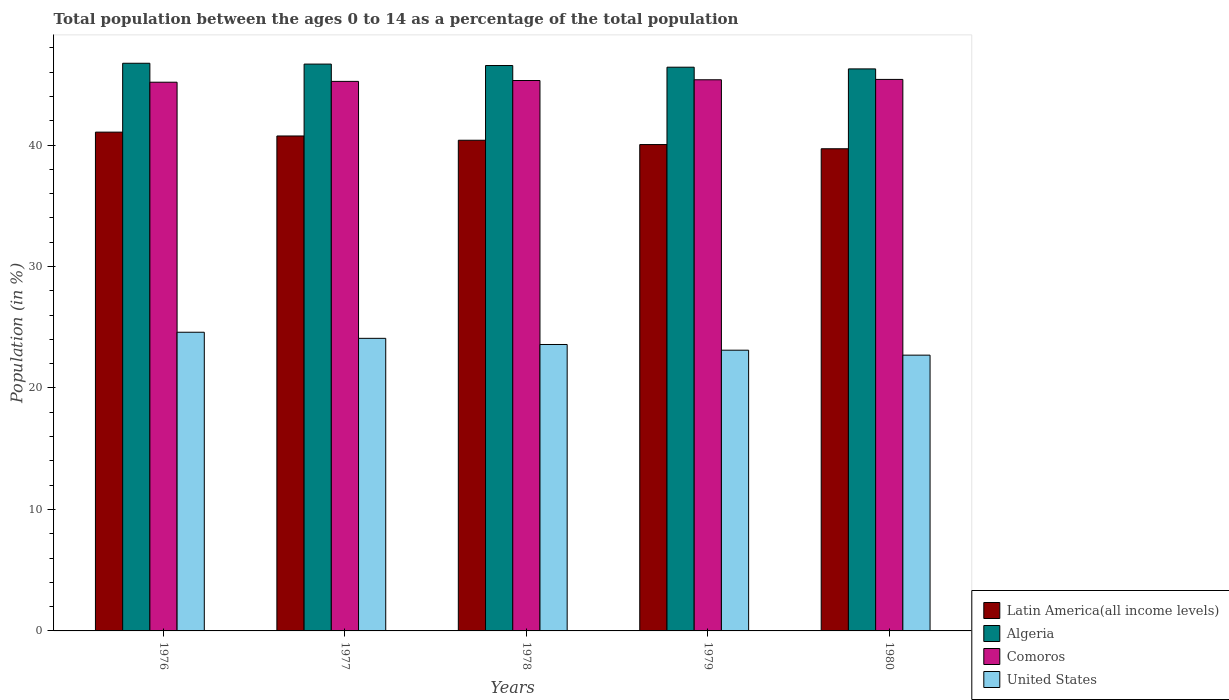
| Years | Latin America(all income levels) | Algeria | Comoros | United States |
 | --- | --- | --- | --- | --- |
 | 1976 | 41.1 | 46.7 | 45.2 | 24.6 |
 | 1977 | 40.7 | 46.7 | 45.2 | 24.1 |
 | 1978 | 40.4 | 46.5 | 45.3 | 23.6 |
 | 1979 | 40 | 46.4 | 45.4 | 23.1 |
 | 1980 | 39.7 | 46.3 | 45.4 | 22.7 |